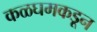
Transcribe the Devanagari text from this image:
कळघमकडून